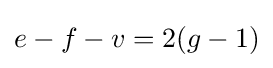
e-f-v=2(g-1)